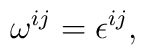
\omega^{ij} = \epsilon^{ij},